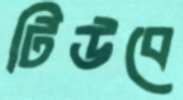
টিউবে